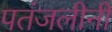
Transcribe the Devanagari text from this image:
पतंजलीनी